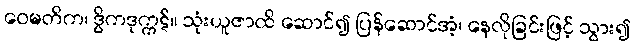
ဝေမတိက၊ ဒွိကဒုက္ကဋ်။ သုံးယူဇာထိ ဆောင်၍ ပြန်ဆောင်အံ့၊ နေလိုခြင်းဖြင့် သွား၍